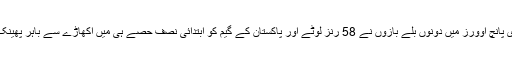
آخری پانچ اوورز میں دونوں بلے بازوں نے 58 رنز لوٹے اور پاکستان کے گیم کو ابتدائی نصف حصے ہی میں اکھاڑے سے باہر پھینک دیا۔